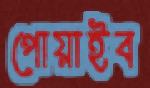
পোয়াইব